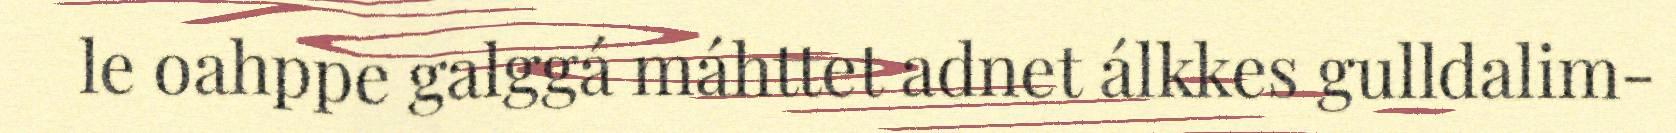
le oahppe galggá máhttet adnet álkkes gulldalim-